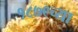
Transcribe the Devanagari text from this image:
१८७९च्या